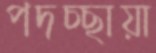
পদচ্ছায়া